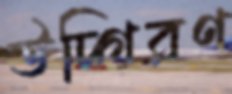
উদ্গিরণ